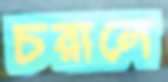
চরালে